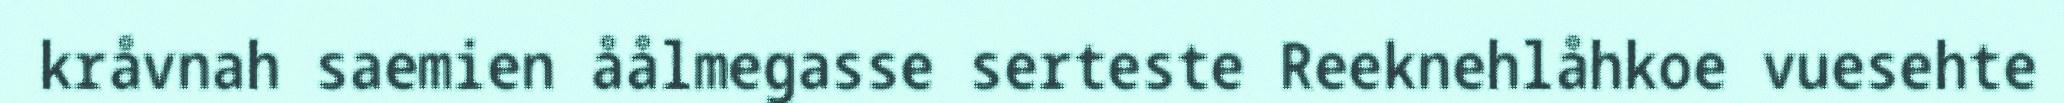
kråvnah saemien åålmegasse serteste Reeknehlåhkoe vuesehte